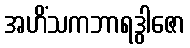
အဟိံသကဘာရဒွါဇော